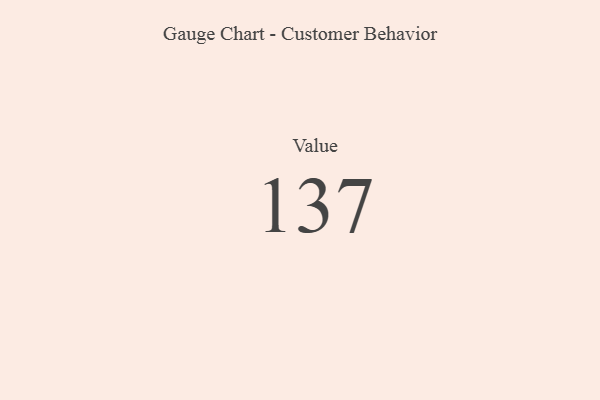
{"axis": {"x": "Metric", "y": "Value"}, "legend": [""], "data": [{"x": "Value", "y": 137, "type": ""}]}